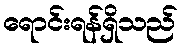
ရောင်းရန်ရှိသည်